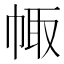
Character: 𢃣